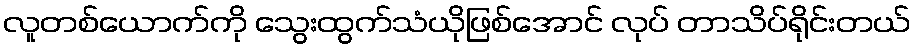
လူတစ်ယောက်ကို သွေးထွက်သံယိုဖြစ်အောင် လုပ် တာသိပ်ရိုင်းတယ်